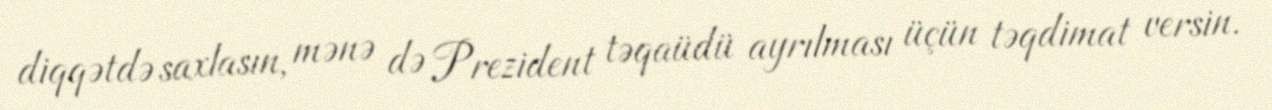
diqqətdə saxlasın, mənə də Prezident təqaüdü ayrılması üçün təqdimat versin.